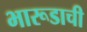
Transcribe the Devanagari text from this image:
भारूडाची